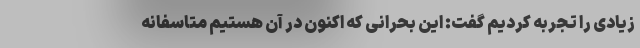
زیادی را تجربه کردیم گفت: این بحرانی که اکنون در آن هستیم متاسفانه